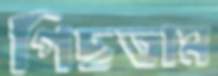
পিছতাম